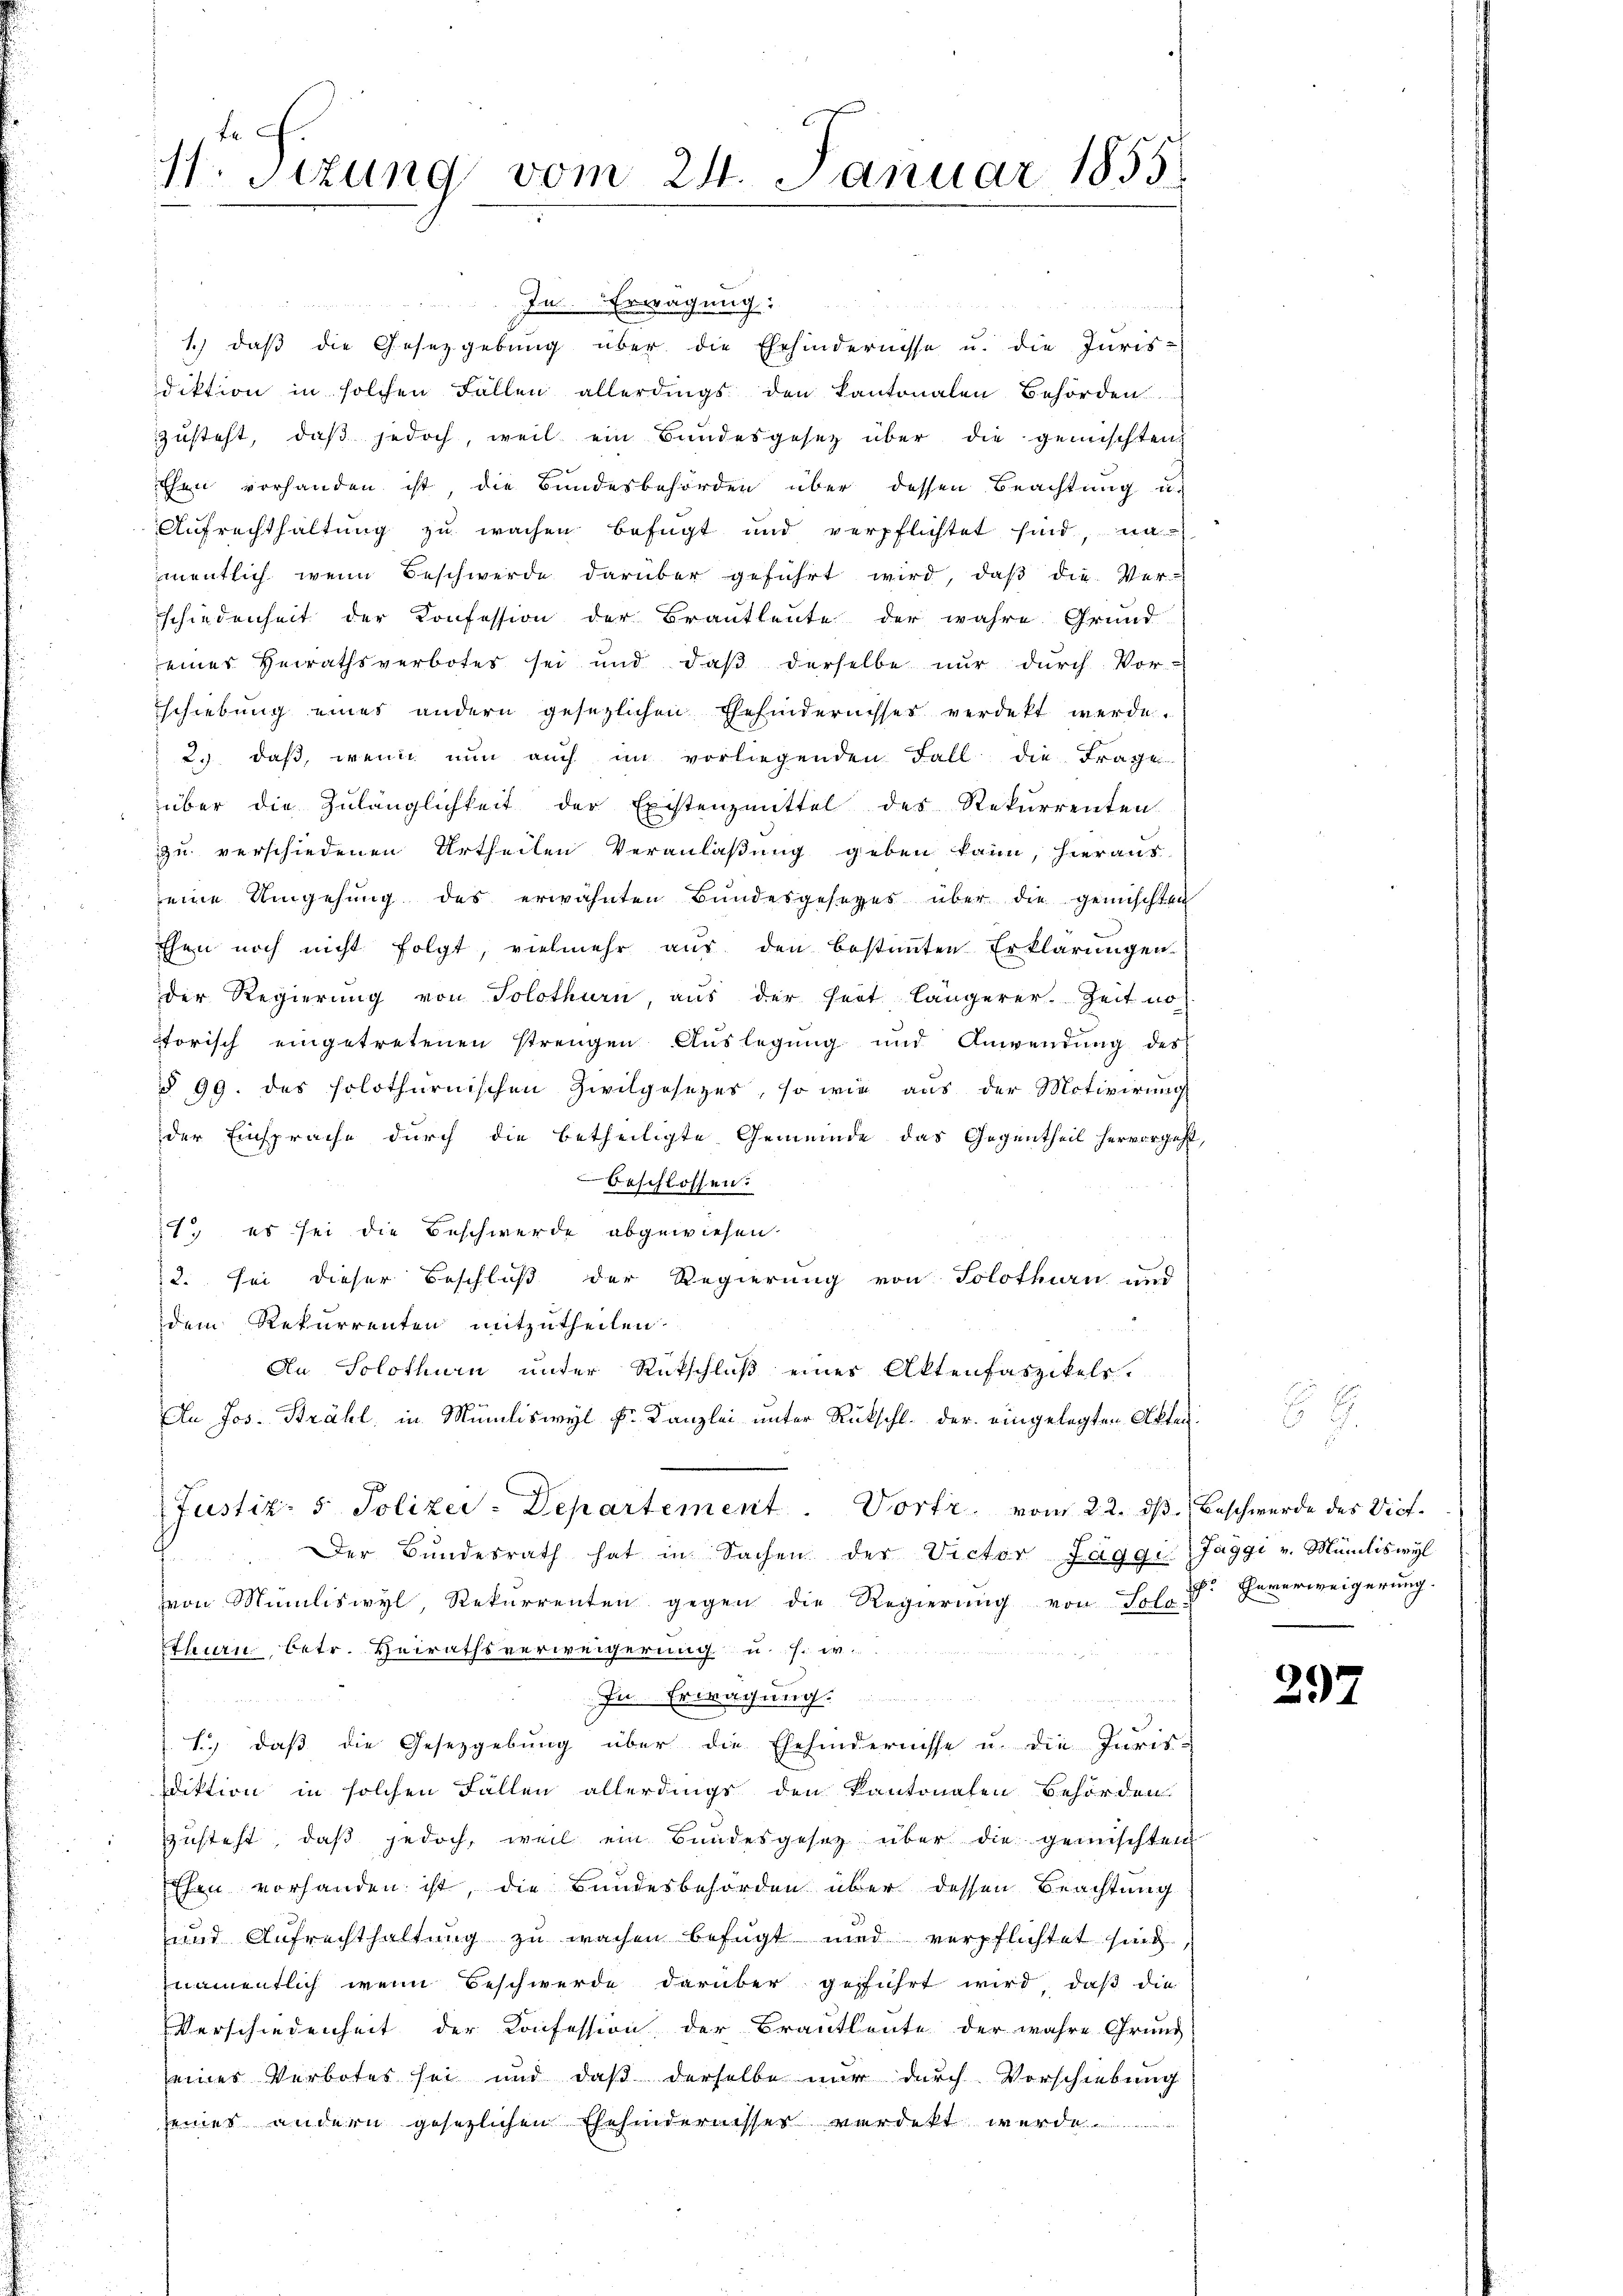
H. Sizung vom 24. Januar 1855

In Erwägung:

s
1. daβ die Gesetzgebung über die Ehehindernisse u. die Juris-
diktion in solchen Fällen allerdings den Kantonalen Behörden
zzusteht, daβ jedoch, weil ein Bundesgesetz über die gemischten,
Ehen vorhanden ist, die Bundesbehörden über dessen Beachtung un
Aŭfrechthaltŭng zu wachen befügt und verpflichtet sind, na-
mentlich wenn Beschwerde darüber geführt wird, daβ die Ver-
schiedenheit der Konfession der Brautleute der wahre Grund
eines Heirathsverbotes sei und daβ derselbe nŭr dŭrch Vor-
schiebung eines andern gesezlichen Ehehindernisses verdekt werde.
2.) daß, wenn nun auch im vorliegenden Fall die Frage
über die Zulänglichkeit der Existenzmittel des Rekurrenten
zzu verschiedenen Urtheilen Veranlaßung geben kann, hieraus
eine Umgehung des erwähnten Bundesgeseges über die gemischten
Ehen noch nicht folgt, vielmehr aus den bestimmten Erklärungen
der Regierung von Solothurn, aus der fert längerer. Zeit no
ptorisch eingetretenen strengen Auslegung und Anwendŭng des
§ 99. des solothurnischen Zivilgesetzes, so wie aus der Motivirung
der Einsprache durch die betheiligte Gemeinde das Gegentheil hervorgeht,
beschlossen.
1. es sei die Beschwerde abgewiesen.
2. sei dieser Beschluß der Regierung von Solothurn und
dem Rekurrenten mitzutheilen.
An Solothurn unter Rückschluß eines Aktenfaszikels.
An Jos. Brähl, in Müniliswyl Fr. Kanzlei unter Rückschl. der eingelegten Akten.
Justiz- & Polizei-Departement. Vortr. vom 22. dβ. Beschwerde des Vict¬
Der Bŭndesrath hat in Sachen der Victor Jäggi, Jaggi v. Mündliswyl
von Müliswyl, Rekurrenten gegen die Regierŭng von Solo dr Feuerweigerung
thurn, betr. Heirathsverweigerung u. s. w.
In Erwägung.
1.) daß die Gesetzgebung über die Ehehindernisse u. die Juris-
diktion in solchen Fällen allerdings den Kantonalen Behörden.
zusteht, daß jedoch, weil ein Bundesgesetz über die gemischten
Ehen vorhanden ist, die Bundesbehörden über dessen Beachtung
und Aufrechthaltung zu wachen befügt und verpflichtet sind,
namentlich wenn Beschwerde darüber geführt wird, daß die
Verschiedenheit der Konfession der Brautleute der wahre Grund
eines Verbotes sei und daß derselbe nur durch Vorschiebung
seiner andern gesetzlichen Ehehindernisser verdekt werde.

297